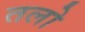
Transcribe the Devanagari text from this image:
तलो